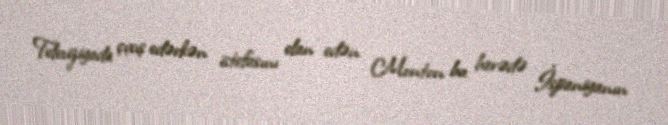
Televiziyada çıxış edərkən istefasını elan edən Monton bu barədə İspaniyanın